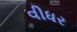
વીધર